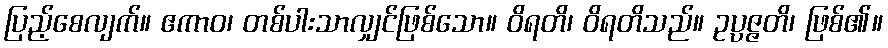
ပြည့်စေလျက်။ ဧကာဝ၊ တစ်ပါးသာလျှင်ဖြစ်သော။ ဝိရတိ၊ ဝိရတိသည်။ ဥပ္ပဇ္ဇတိ၊ ဖြစ်၏။